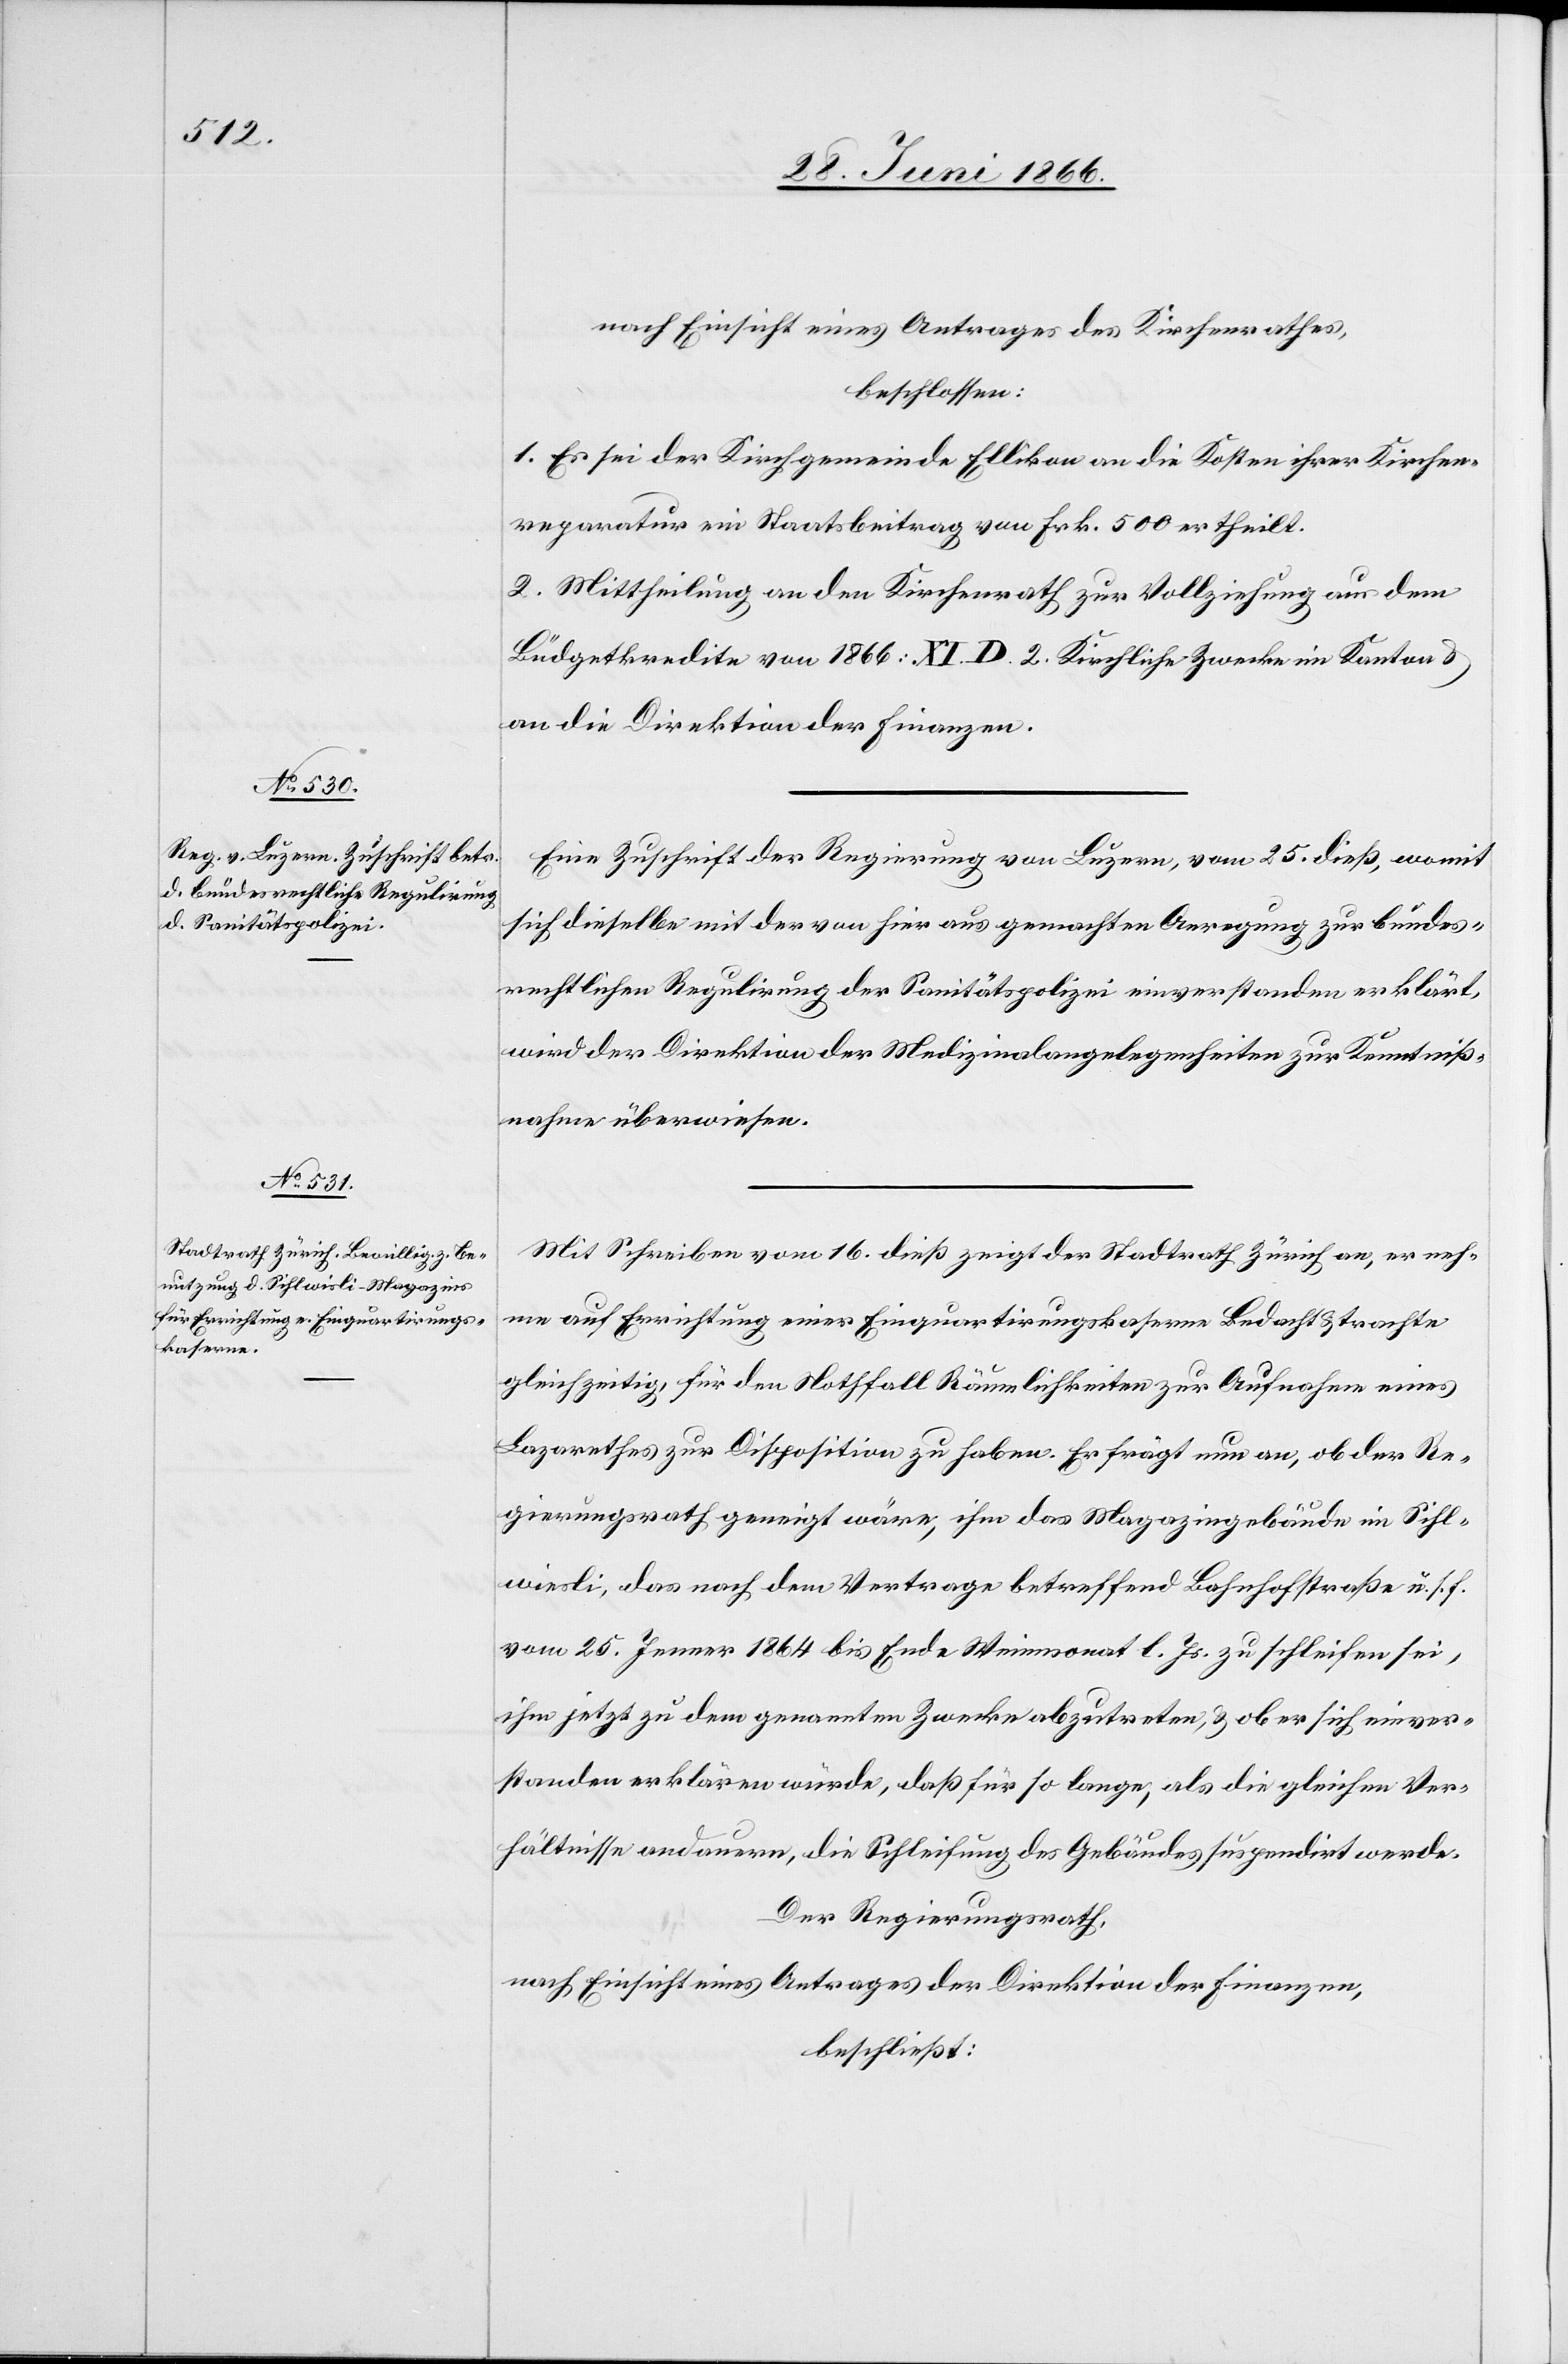
nach Einsicht eines Antrages des Kirchenrathes,
beschlossen:
1. Es sei der Kirchgemeinde Ellikon an die Kosten ihrer Kirchen¬
reparatur ein Staatsbeitrag von Frk. 500 ertheilt.
2. Mittheilung an den Kirchenrath zur Vollziehung aus dem
Büdgetkredite von 1866: XI. D 2. Kirchliche Zwecke im Kanton u.
an die Direktion der Finanzen.
Eine Zuschrift der Regierung von Luzern, vom 25. dieß, womit
sich dieselbe mit der von hier aus gemachten Anregung zur bundes¬
rechtlichen Regulirung der Sanitätspolizei einverstanden erklärt,
wird der Direktion der Medizinalangelegenheiten zur Kenntniß¬
nahme überwiesen.
Mit Schreiben vom 16. dieß zeigt der Stadtrath Zürich an, er neh¬
me auf Errichtung einer Einquartirungskaserne Bedacht u. trachte
gleichzeitig, für den Nothfall Räumlichkeiten zur Aufnahme eines
Lazarethes zur Disposition zu haben. Er frägt nun an, ob der Re¬
gierungsrath geneigt wäre, ihm das Magazingebäude im Sihl¬
wiesli, das nach dem Vertrage betreffend Bahnhofstraße u. s. f.
vom 25. Jenner 1864 bis Ende Weinmonat l. Js. zu schleifen sei,
ihm jetzt zu dem genannten Zwecke abzutreten, u. ob er sich einver¬
standen erklären würde, daß für so lange, als die gleichen Ver¬
hältnisse andauern, die Schleifung des Gebäudes suspendirt werde.
Der Regierungsrath,
nach Einsicht eines Antrages der Direktion der Finanzen,
beschließt: